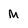
Character: M